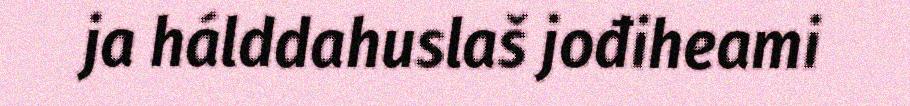
ja hálddahuslaš jođiheami